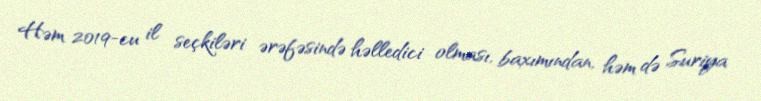
Həm 2019-cu il seçkiləri ərəfəsində həlledici olması, baxımından, həm də Suriya